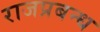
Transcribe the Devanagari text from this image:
राजप्रबन्ध